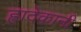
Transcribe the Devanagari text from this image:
ह्रादेकानी